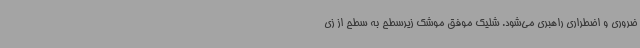
ضروری و اضطراری راهبری می‌شود. شلیک موفق موشک زیرسطح به سطح از زی